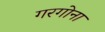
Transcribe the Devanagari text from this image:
गरगोना